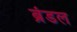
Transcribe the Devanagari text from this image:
ब्रंडल